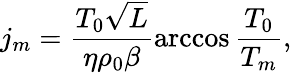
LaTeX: j_{m}=\frac{{{T_{0}}\sqrt L}}{{\eta{\rho_{0}}\beta}}\operatorname{arccos}\frac{{{T_{0}}}}{{{T_{m}}}},